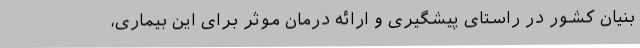
بنیان کشور در راستای پیشگیری و ارائه درمان موثر برای این بیماری،